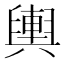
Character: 輿